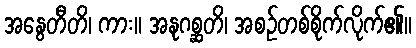
အနွေတီတိ၊ ကား။ အနုဂစ္ဆတိ၊ အစဉ်တစ်စိုက်လိုက်၏။